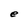
Character: e